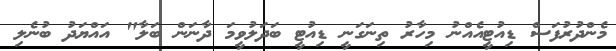
މެންދުރުފަސް ޑިއުޓީއެއްނު މިހާރު ތިނަގަނީ ޑިއުޓީ ބަދަލުވީމަ ދާނަން ބަލާ" އައްޔަދު ބުނެލި